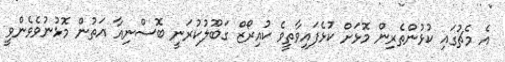
އެ މެޗުގައި ކުޅުންތެރިން މޮޅަށް ކުޅެފައިވާތީވެ ކުއިރޯޒް ގަބޫލުކުރަނީ ބޮސްނިއާ އަތުން މޮޅުނުވެވެންވީ